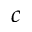
c